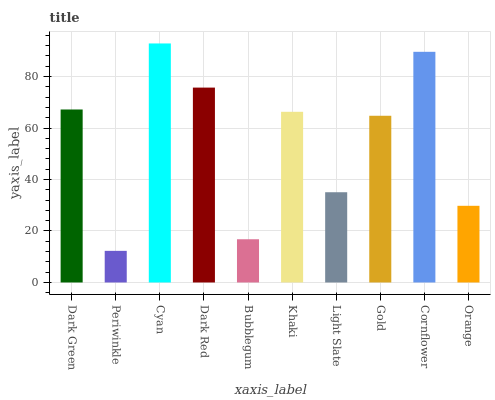
| xaxis_label | bars |
 | --- | --- |
 | Dark Green | 67.2 |
 | Periwinkle | 12.3 |
 | Cyan | 92.9 |
 | Dark Red | 75.7 |
 | Bubblegum | 16.8 |
 | Khaki | 66.3 |
 | Light Slate | 35.1 |
 | Gold | 64.8 |
 | Cornflower | 89.6 |
 | Orange | 29.8 |